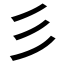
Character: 彡